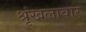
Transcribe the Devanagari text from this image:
श्रृंखलावार